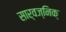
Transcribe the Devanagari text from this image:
सार्वज्निक्